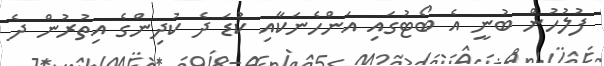
ފުލުހުން ބުނީ އެ ބޯޓުގައި އަންހެނަކާއި ކުޑަ ދެ ކުދިންގެ އިތުރުން ދެ